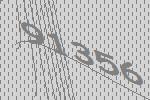
91356